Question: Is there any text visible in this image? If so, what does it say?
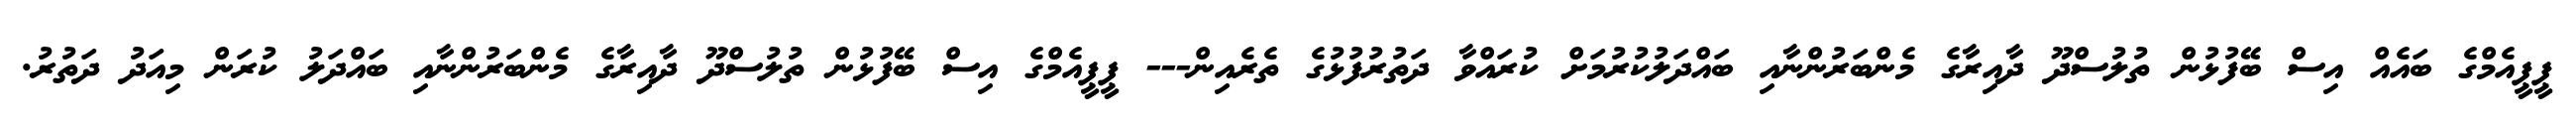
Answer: ޕީޕީއެމްގެ ބައެއް އިސް ބޭފުޅުން ތުލުސްދޫ ދާއިރާގެ މެންބަރުންނާއި ބައްދަލުކުރުމަށް ކުރައްވާ ދަތުރުފުޅުގެ ތެރެއިން--- ޕީޕީއެމްގެ އިސް ބޭފުޅުން ތުލުސްދޫ ދާއިރާގެ މެންބަރުންނާއި ބައްދަލު ކުރަން މިއަދު ދަތުރު.